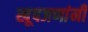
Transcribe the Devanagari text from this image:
खूपजणांनी